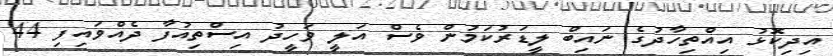
އިދިކޮޅު އިއްތިހާދުގެ ނައިބް ލީޑަރުކަމުން ވެސް އަލީ ވަހީދު އިސްތިއުފާ ދެއްވައިފި 44